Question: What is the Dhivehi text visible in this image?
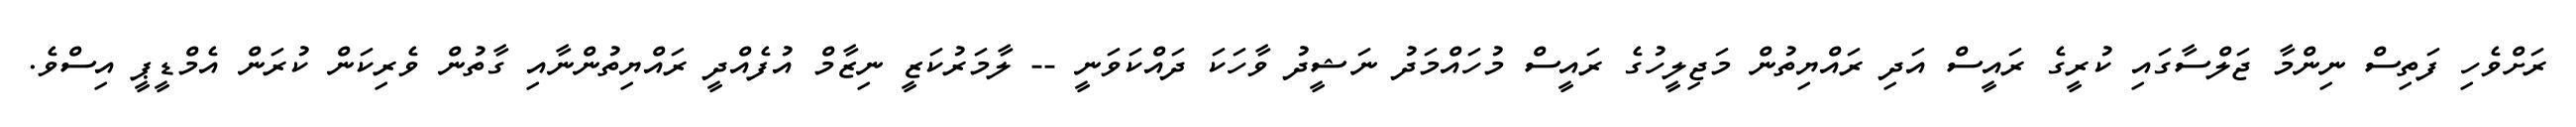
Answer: ރަށްވެހި ފަތިސް ނިންމާ ޖަލްސާގައި ކުރީގެ ރައީސް އަދި ރައްޔިތުން މަޖިލީހުގެ ރައީސް މުހައްމަދު ނަޝީދު ވާހަކަ ދައްކަވަނީ -- ލާމަރުކަޒީ ނިޒާމް އުފެއްދީ ރައްޔިތުންނާއި ގާތުން ވެރިކަން ކުރަން އެމްޑީޕީ އިސްވެ.